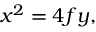
x ^ { 2 } = 4 f y ,